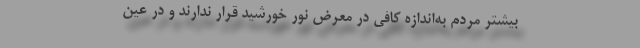
بیشتر مردم به‌اندازه کافی در معرض نور خورشید قرار ندارند و در عین